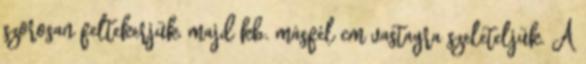
szorosan feltekerjük, majd kb. másfél cm vastagra szeleteljük. A